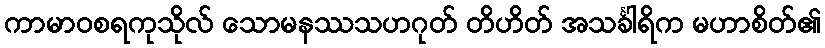
ကာမာဝစရကုသိုလ် သောမနဿသဟဂုတ် တိဟိတ် အသင်္ခါရိက မဟာစိတ်၏